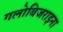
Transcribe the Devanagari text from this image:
गलोबिजराइना